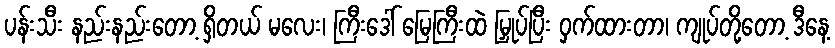
ပန်းသီး နည်းနည်းတော့ ရှိတယ် မလေး၊ ကြီးဒေါ် မြေကြီးထဲ မြှုပ်ပြီး ဝှက်ထားတာ၊ ကျုပ်တို့တော့ ဒီနေ့